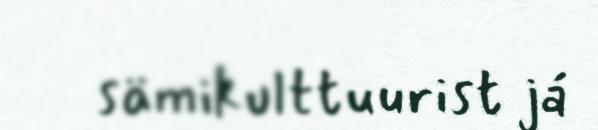
sämikulttuurist já